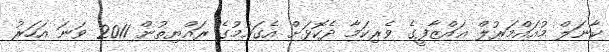
ކާނަލް މުއައްމަރުލް ޣައްޒާފީގެ ވެރިކަމާ ދެކޮޅަށް އެގައުމުގެ ރައްޔިތުން 2011 ވަނަ އަހަރު